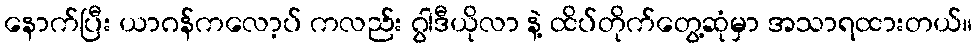
နောက်ပြီး ယာဂန်ကလော့ပ် ကလည်း ဂွါဒီယိုလာ နဲ့ ထိပ်တိုက်တွေ့ဆုံမှာ အသာရထားတယ်။